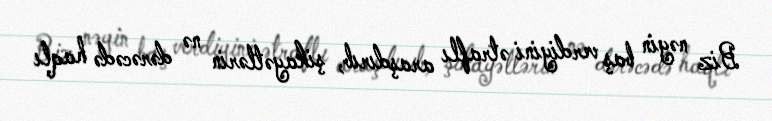
Biz nəyin baş verdiyini ətraflı araşdırıb, şikayətlərin nə dərəcədə haqlı